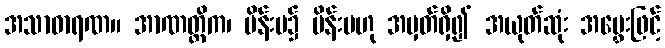
အသာဓာရဏ။ အာဏတ္တိက၊ မိန်းမ၌ မိန်းမဟု အမှတ်ရှိ၍ အယုတ်ဆုံး အမွှေးဖြင့်